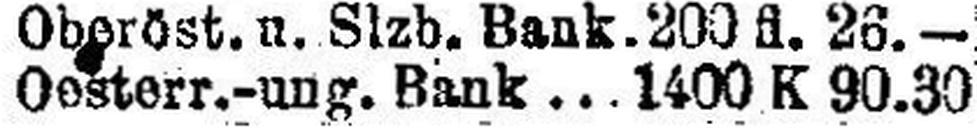
Oesterr.-ung. Bank 1400 K 90.30